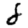
Digit: 8